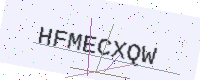
Text: HFMECXQW